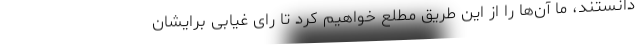
دانستند، ما آن‌ها را از این طریق مطلع خواهیم کرد تا رای غیابی برایشان